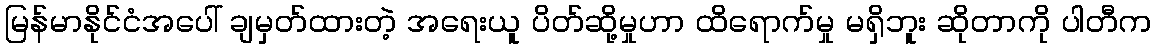
မြန်မာနိုင်ငံအပေါ် ချမှတ်ထားတဲ့ အရေးယူ ပိတ်ဆို့မှုဟာ ထိရောက်မှု မရှိဘူး ဆိုတာကို ပါတီက